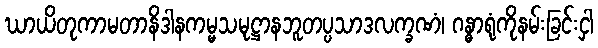
ဃာယိတုကာမတာနိဒါနကမ္မသမုဋ္ဌာနဘူတပ္ပသာဒလက္ခဏံ၊ ဂန္ဓာရုံကိုနမ်းခြင်းငှါ